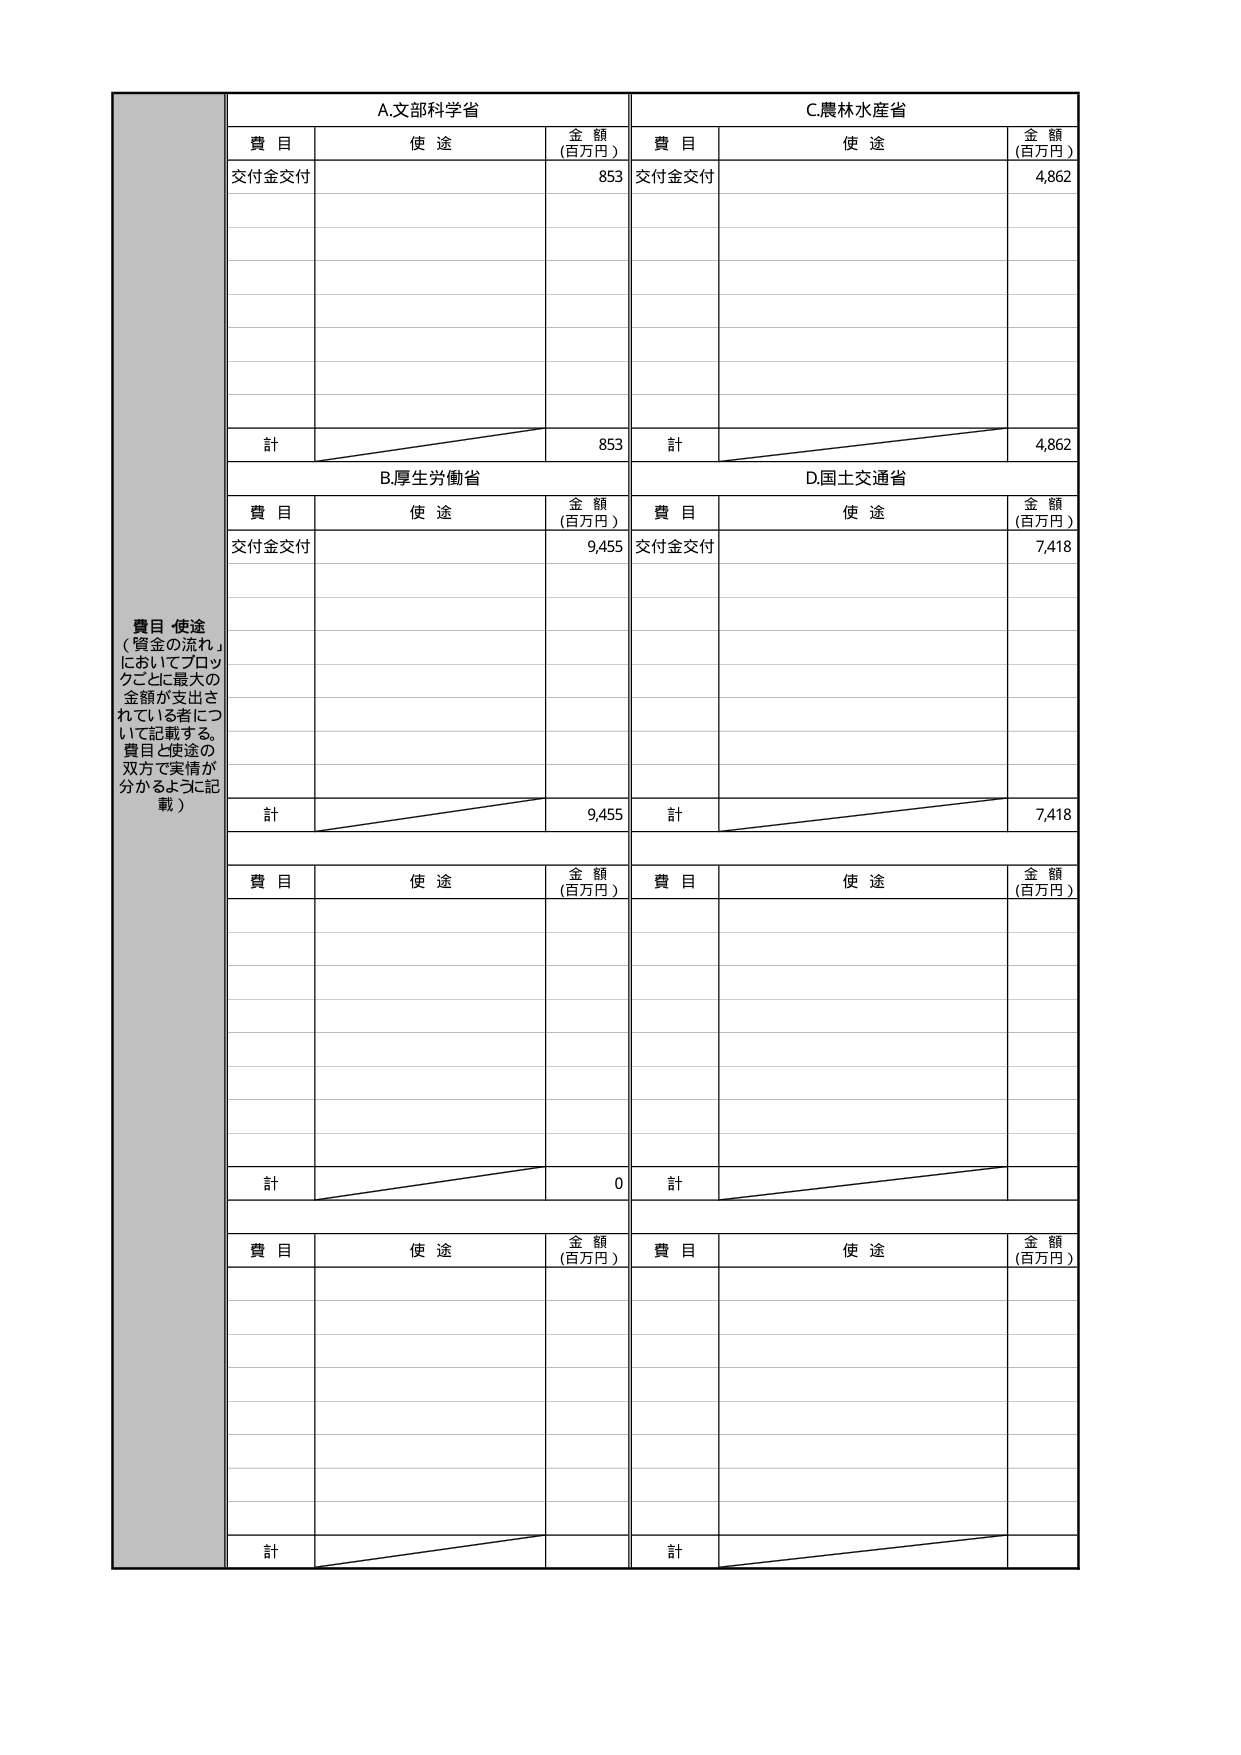
費目 使途
（「資金の流れ」
においてブロッ
クごとに最大の
金額が支出さ
れている者につ
いて記載する。
費目と使途の
双方で実情が
分かるように記
載）

A.文部科学省
費目 使途 金額
（百万円）
交付金交付 853
計 853

B.厚生労働省
費目 使途 金額
（百万円）
交付金交付 9,455
計 9,455

C.農林水産省
費目 使途 金額
（百万円）
交付金交付 4,862
計 4,862

D.国土交通省
費目 使途 金額
（百万円）
交付金交付 7,418
計 7,418

費目 使途 金額
（百万円）
計 0

費目 使途 金額
（百万円）
計

費目 使途 金額
（百万円）
計

費目 使途 金額
（百万円）
計